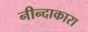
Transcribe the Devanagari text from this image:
नीन्दाकारा